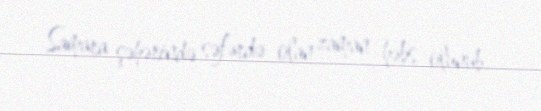
Samara şəhərində səfərdə olan zaman həbs olunub.